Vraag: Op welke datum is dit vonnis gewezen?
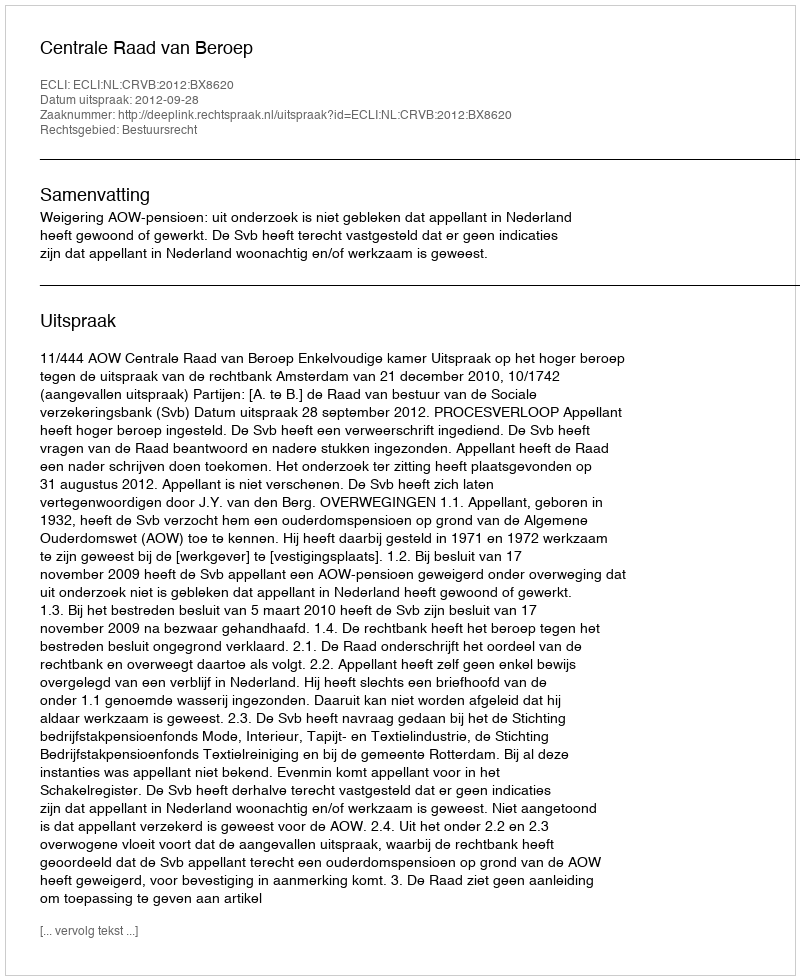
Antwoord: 2012-09-28